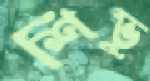
শিভু